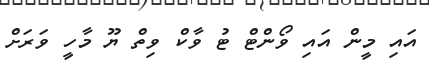
އައި މީން އައި ވޯންޓް ޓު ވާކް ވިތް ޔޫ މާހީ ވަރަށް